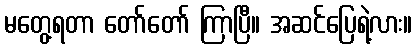
မတွေ့ရတာ တော်တော် ကြာပြီ။ အဆင်ပြေရဲ့လား။